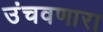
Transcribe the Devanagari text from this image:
उंचवणारा